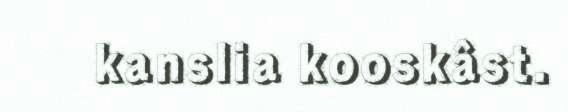
kanslia kooskâst.